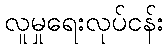
လူမှုရေးလုပ်ငန်း